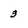
Character: 3